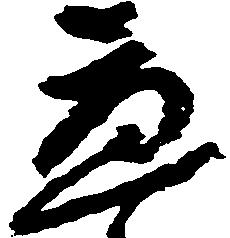
応